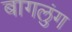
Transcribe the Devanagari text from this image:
बागलुंग